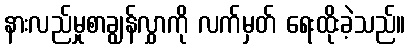
နားလည်မှုစာချွန်လွှာကို လက်မှတ် ရေးထိုးခဲ့သည်။